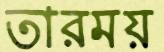
তারময়